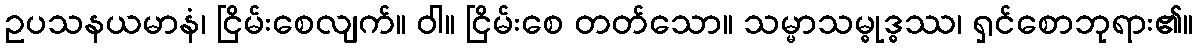
ဥပသနယမာနံ၊ ငြိမ်းစေလျက်။ ဝါ။ ငြိမ်းစေ တတ်သော။ သမ္မာသမ္ဓုဒ္ဓဿ၊ ရှင်စောဘုရား၏။